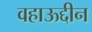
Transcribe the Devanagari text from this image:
वहाऊद्दीन